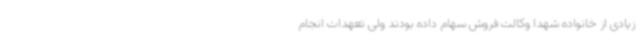
زیادی از خانواده شهدا وکالت فروش سهام داده بودند ولی‌ تعهدات انجام